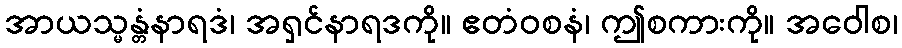
အာယသ္မန္တံနာရဒံ၊ အရှင်နာရဒကို။ ဧတံဝစနံ၊ ဤစကားကို။ အဝေါစ၊